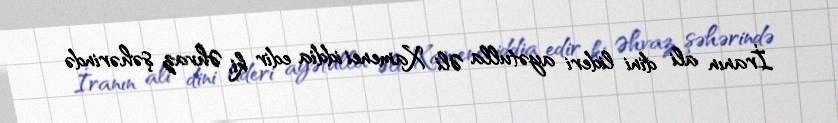
İranın ali dini lideri ayətulla Əli Xamenei iddia edir ki, Əhvaz şəhərində